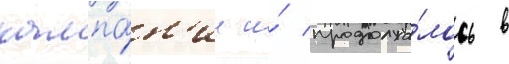
кампа́н'ии и́ продолжа́лось в